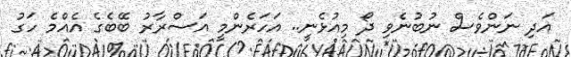
އަދި ނަންވެސް ނުބުނެވި ދޯ މިއުޅެނީ.. އަހަރެންމީ އަސްރާރު ބޭބެގެ އެއްމެ ހަގު